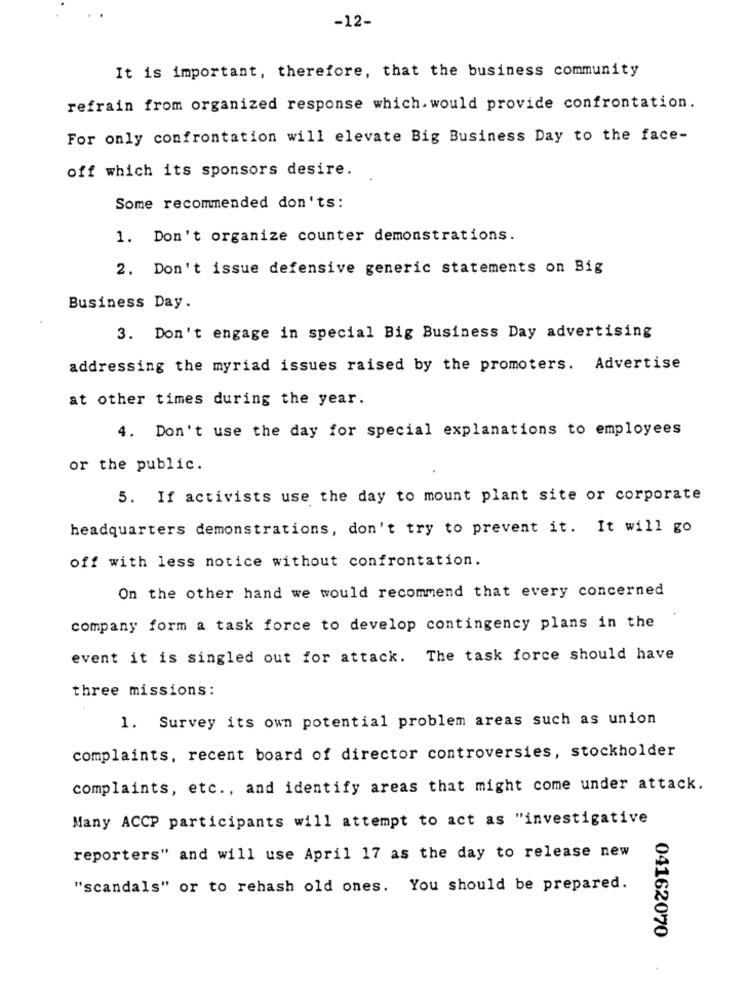
-12-
It is important, therefore, that the business community
refrain from organized response which. would provide confrontation.
For only confrontation will elevate Big Business Day to the face-
off which its sponsors desire.
Some recommended don'ts:
1. Don't organize counter demonstrations.
2. Don't issue defensive generic statements on Big
Business Day.
3. Don't engage in special Big Business Day advertising
addressing the myriad issues raised by the promoters. Advertise
at other times during the year.
4. Don't use the day for special explanations to employees
or the public.
5. If activists use the day to mount plant site or corporate
headquarters demonstrations, don't try to prevent it. It will go
off with less notice without confrontation.
On the other hand we would recommend that every concerned
company form a task force to develop contingency plans in the
event it is singled out for attack. The task force should have
three missions:
1. Survey its own potential problem areas such as union
complaints, recent board of director controversies, stockholder
complaints, etc ., and identify areas that might come under attack.
Many ACCP participants will attempt to act as "investigative
reporters" and will use April 17 as the day to release new
"scandals" or to rehash old ones. You should be prepared.
04162070